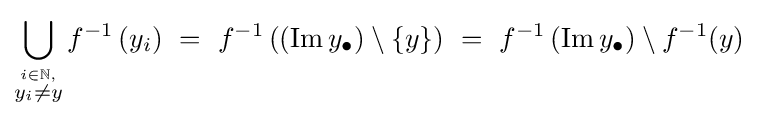
\bigcup _{\stackrel {i\in \mathbb {N} ,}{y_{i}\neq y}}f^{-1}\left(y_{i}\right)~=~f^{-1}\left(\left(\operatorname {Im} y_{\bullet }\right)\setminus \{y\}\right)~=~f^{-1}\left(\operatorname {Im} y_{\bullet }\right)\setminus f^{-1}(y)